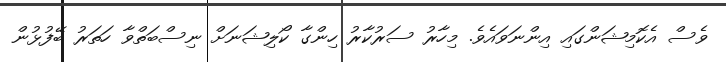
ވެސް އެކޮމިޝަންގައި އިންނަވައެވެ. މިހާރު ސަރުކާރު ހިންގާ ކޯލިޝަނަށް ނިސްބަތްވާ ހަތަރު ބޭފުޅުން